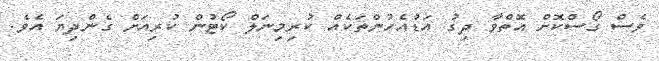
ވެސް ގޯސްކޮށް އޮތްވާ ދިގު އަޑުއެހުންތަކެއް ކުރިމިނަލް ކޯޓުން ކުރިއަށް ގެންދިޔަ އެވެ.